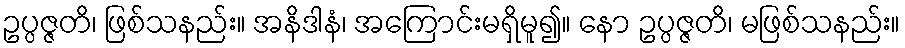
ဥပ္ပဇ္ဇတိ၊ ဖြစ်သနည်း။ အနိဒါနံ၊ အကြောင်းမရှိမူ၍။ နော ဥပ္ပဇ္ဇတိ၊ မဖြစ်သနည်း။